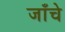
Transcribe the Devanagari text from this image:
जाँचे